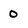
Character: 0